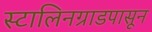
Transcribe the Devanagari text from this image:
स्टालिनग्राडपासून